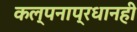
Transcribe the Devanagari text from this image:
कल्पनाप्रधानही